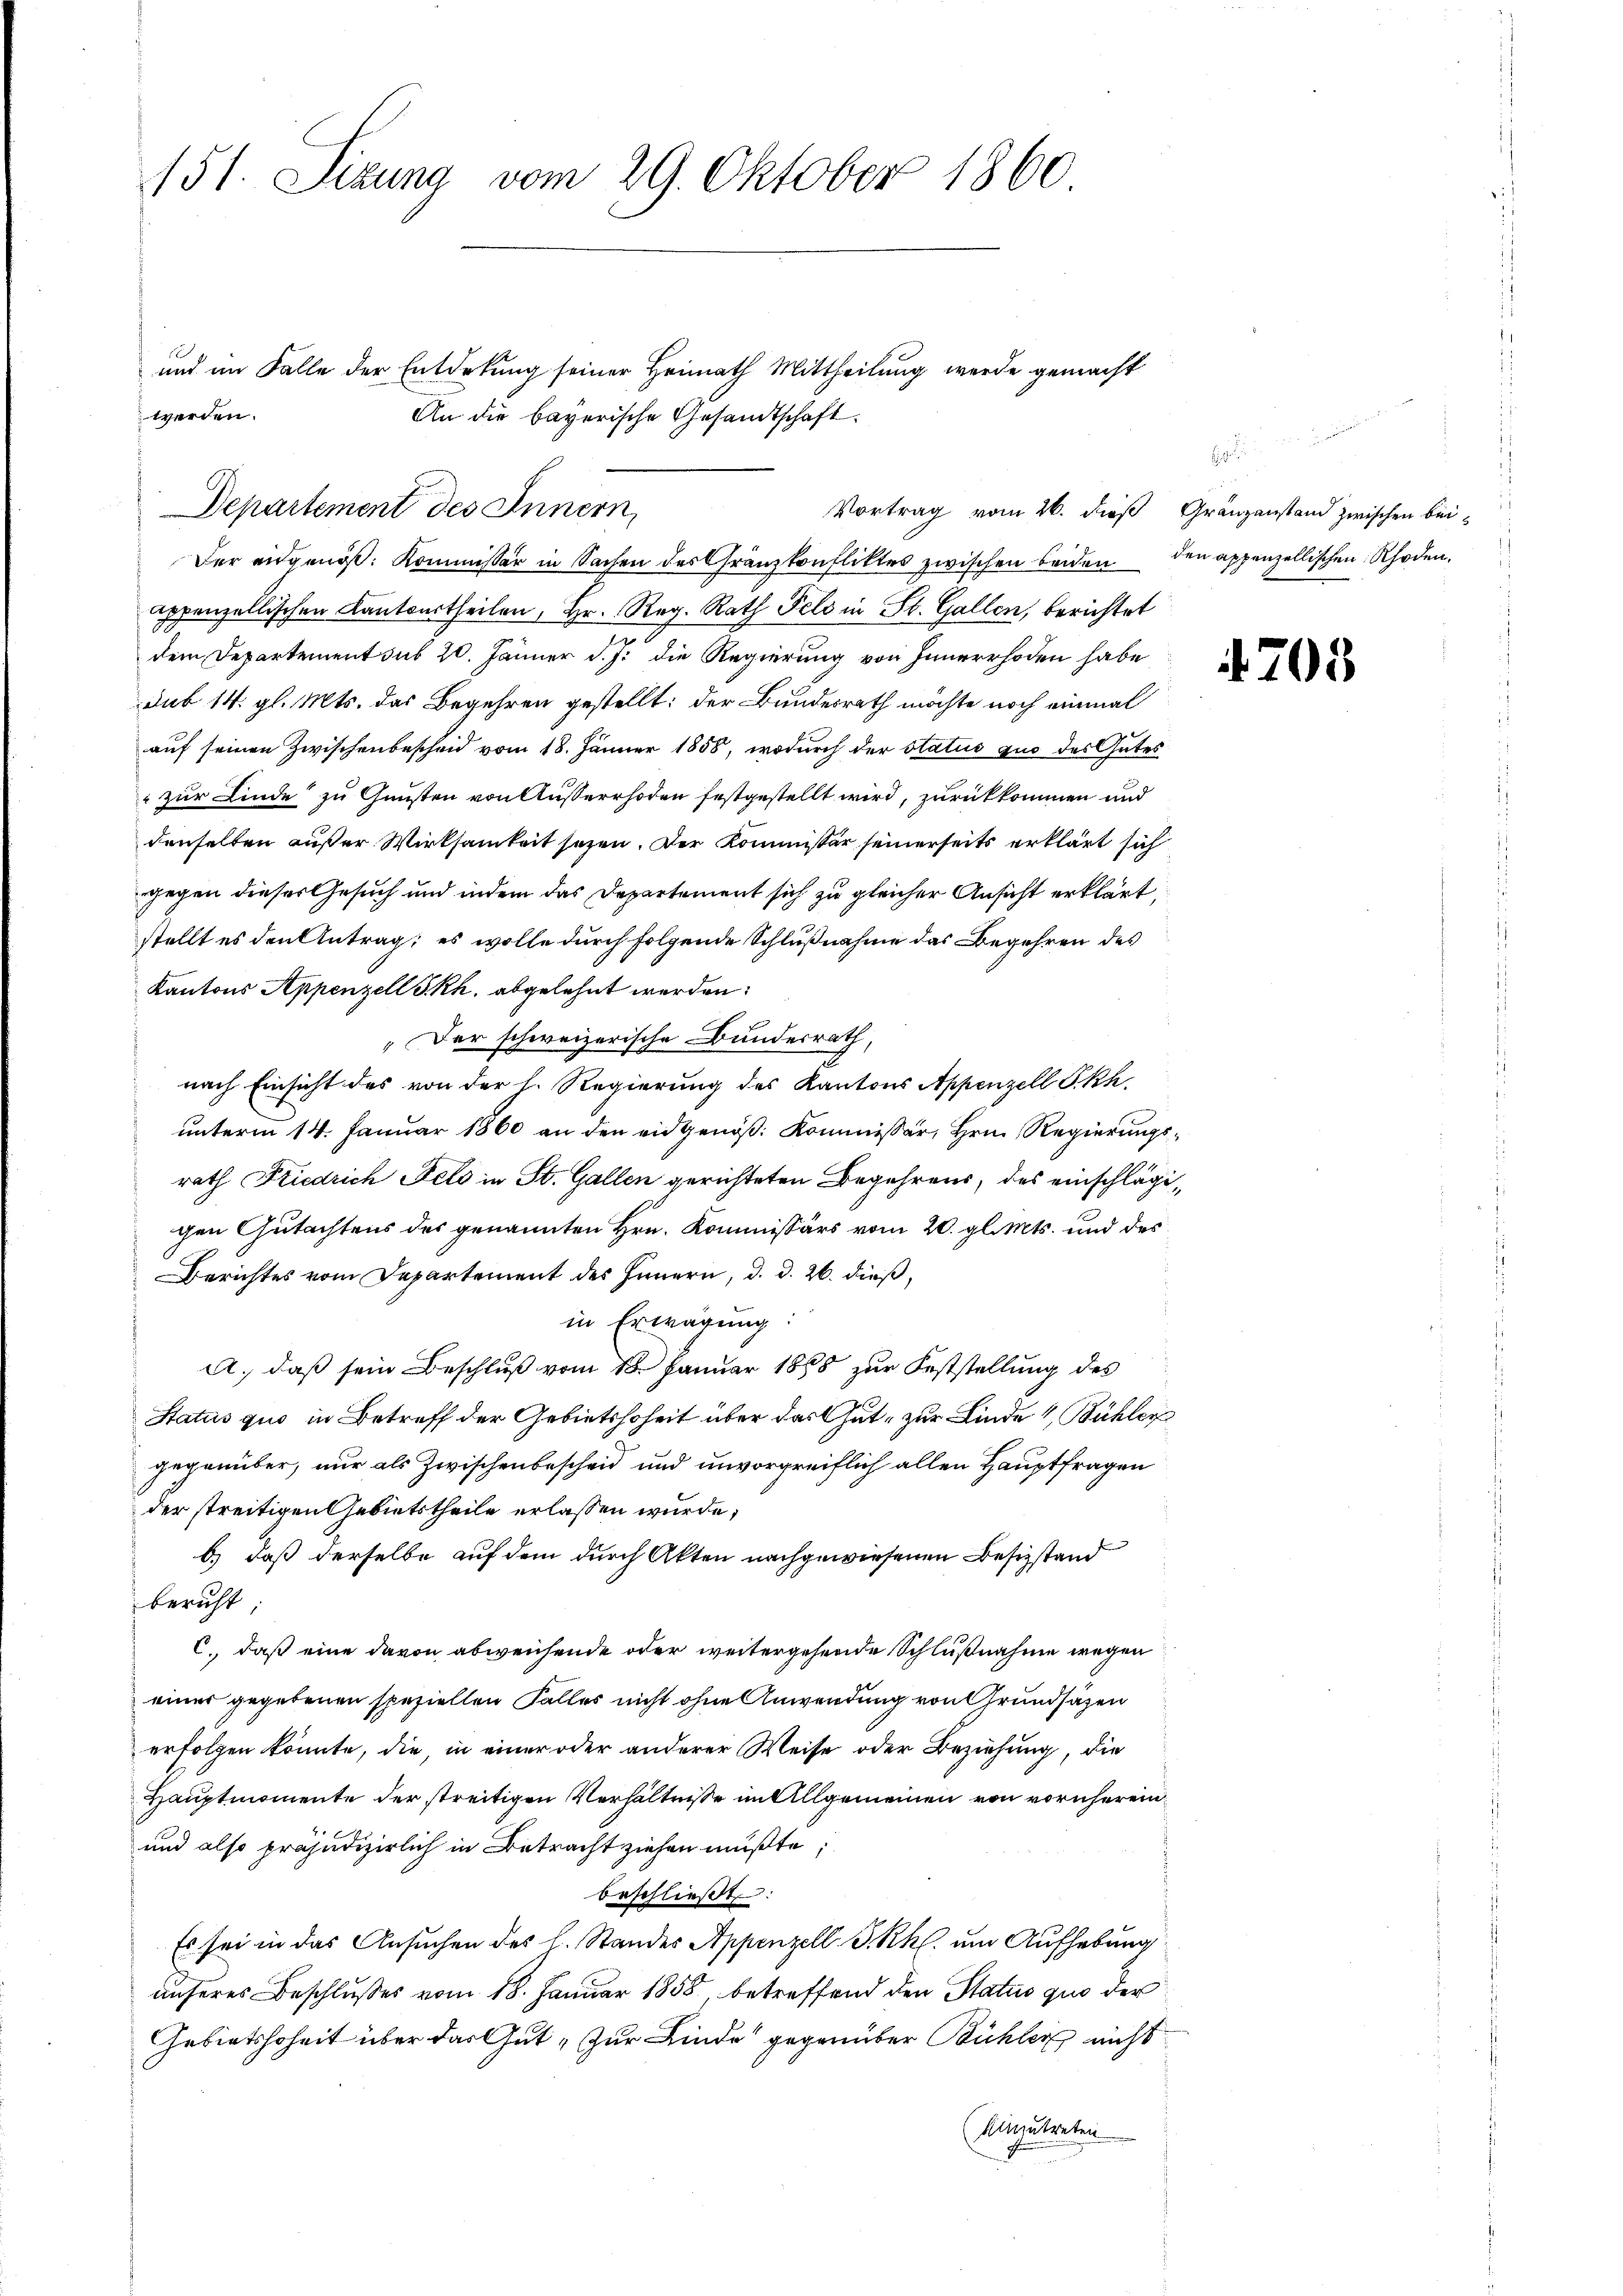
151. Sizung vom 29. Oktober 1860

Vortrag vom 26. dieß Gränzanstand zwischen bei¬
Der eidgenöß: Kommissär in Sachen des Gränzkonfliktes zwischen beiden den appenzellischen Rhoden.
appenzellischen Kantsurtheilen, Hr. Reg. Rath Feld in St. Gallen, berichtet
dem Departement sub 20. Jänner d. J. die Regierung von Innerrhoden habe
Sub 14. gl. Mts. das Begehren gestellt: der Bundesrath möchte noch einmal
auf seinen Zwischenbescheid vom 18. Jänner 1858, wodurch der Status quo des Gutes
"zur Kinde zu Gunsten von Ausserrhoden festgestellt wird, zurückkommen und
denselben außer Wirksamkeit sezen. Der Kommissär seinerseits erklärt sich
gegen dieser Gesuch und indem das Departement sich zu gleicher Ansicht erklärt,
stellt es den Antrag; es wolle durch folgende Schlußnahme das Begehren des
Kantons Appenzell S. Rh. abgelehnt werden:
Der schweizerische Bundesrath,
nach Einsicht des von der h. Regierung des Kantons Appenzell Skh.
unterm 14. Januar 1860 an den eidgenöß: Kommissär, Hrn. Regierungsrath Friedrich Feld in St. Gallen gerichteten Begehrens, des einschlägigen Gutachtens des genannten Hrn. Kommissärs vom 20. gl. Mts. und des
Berichtes vom Departement des Innern, d. d. 26. dieß,
in Erwägung.
A., daß sein Beschlŭβ vom 18. Januar 1865 zur Feststellung des
Status quo in Betreff der Gebietshoheit über das Gut zur Linde 1, Bühler
gegenüber, nur als Zwischenbescheid und unvorgreiflich allen Hauptfragen
der streitigen Gebietstheile erlassen wurde;
b.) daß derselbe auf dem durch Akten nachgewiesenen Besizstand
bericht
C., daß eine davon abweichende oder weitergehende Schlußnahme wegen
einer gegebenen speziellen Falles nicht ohne Anwendung von Grundsäzen
erfolgen könnte, die, in einer oder anderer Weise oder Beziehung, die
Hauptmomente der streitigen Verhältnisse im Allgemeinen von vornherein¬
und also präjudizierlich in Betracht ziehen mußte;
beschließt:
Es sei in das Ansuchen des l. Standes Appenzell I.Rh. um Aufhebung
unseres Beschlußes vom 18. Januar 1858, betreffend den Status quo der
Gebietshoheit über das Gut „Zur Linde gegenüber Bühler nicht
(Uinzutreten

werden.
Departement des Innern

und an Falle der Entdekung seiner Heimath Mittheilung werde gemacht
An die bayerische Gesandtschaft.

.

4705